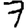
Digit: 7